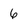
Character: 6